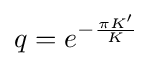
q=e^{-{\frac {\pi K'}{K}}}